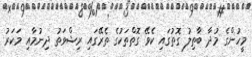
މީހުންގެ މުދާ ބާޠިލު ގޮތުގައި ކެވޭ ގޮތްތަކުގެ ތެރޭގައި ރިޝްވަތު ދިނުމާއި މަކަރު